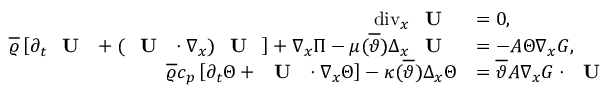
\begin{array} { r l } { \mathrm { d i v } _ { x } \textbf { \textup { U } } } & { = 0 , } \\ { \overline { { \varrho } } \left[ \partial _ { t } \textbf { \textup { U } } + ( \textbf { \textup { U } } \cdot \nabla _ { x } ) \textbf { \textup { U } } \right] + \nabla _ { x } \Pi - \mu ( \overline { { \vartheta } } ) \Delta _ { x } \textbf { \textup { U } } } & { = - A \Theta \nabla _ { x } G , } \\ { \overline { { \varrho } } c _ { p } \left[ \partial _ { t } \Theta + \textbf { \textup { U } } \cdot \nabla _ { x } \Theta \right] - \kappa ( \overline { { \vartheta } } ) \Delta _ { x } \Theta } & { = \overline { { \vartheta } } A \nabla _ { x } G \cdot \textbf { \textup { U } } } \end{array}